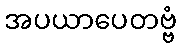
အပယာပေတဗ္ဗံ